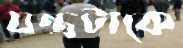
যন্ত্রটাকে